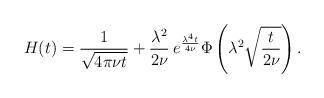
LaTeX: \begin{align*} H(t)=\frac{1}{\sqrt{4\pi\nu t}}+\frac{\lambda^2}{2\nu}\: e^{\frac{\lambda^4 t}{4\nu}}\Phi\left(\lambda^2\sqrt{\frac{t}{2\nu}}\right).\end{align*}